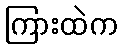
ကြားထဲက